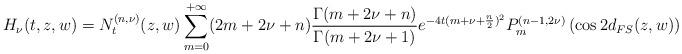
LaTeX: \begin{align*} H_{\nu }(t,z,w)=N_t^{(n,\nu)}(z,w)\sum\limits_{m=0}^{+\infty }(2m+2\nu+n)\frac{\Gamma (m+2\nu +n)}{\Gamma (m+2\nu +1)}e^{-4t(m+\nu +\frac{n}{2})^2}P_{m}^{(n-1,2\nu )}\left( \cos 2d_{FS}(z,w)\right)\end{align*}